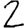
Digit: 2